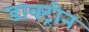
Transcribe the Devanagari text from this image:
डाक्ट्रीन